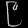
Digit: ၉